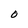
Character: O